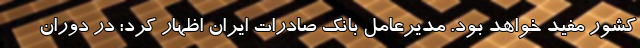
کشور مفید خواهد بود. مدیرعامل بانک صادرات ایران اظهار کرد: در دوران